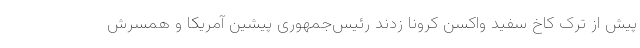
پیش از ترک کاخ سفید واکسن کرونا زدند رئیس‌جمهوری پیشین آمریکا و همسرش